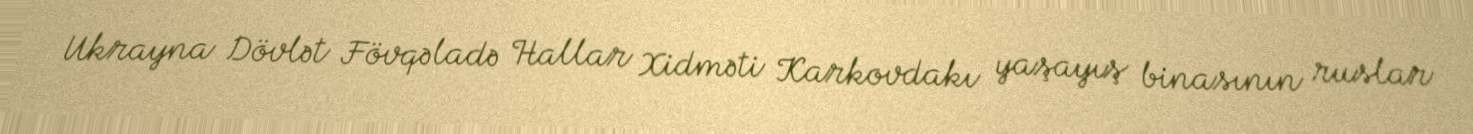
Ukrayna Dövlət Fövqəladə Hallar Xidməti Karkovdakı yaşayış binasının ruslar